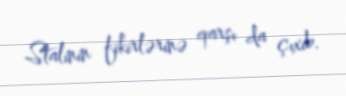
Stalinin fikirlərinə qarşı da çıxıb.